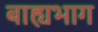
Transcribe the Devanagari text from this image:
बाह्यभाग